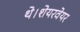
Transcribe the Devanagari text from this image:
थे।शेयरवेयर